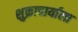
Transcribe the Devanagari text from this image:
शुक्राचार्याला